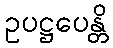
ဥပဋ္ဌပေန္တိ